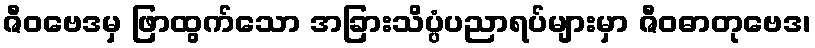
ဇီဝဗေဒမှ ဖြာထွက်သော အခြားသိပ္ပံပညာရပ်များမှာ ဇီဝဓာတုဗေဒ၊